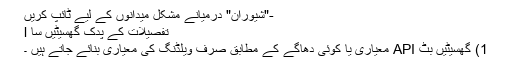
-"شیوران" درمیانے مشکل میدانوں کے لیے ٹائپ کریں
تفصیلات کے پدک گھسیٹیں سا l
1) گھسیٹیں بٹ API معیاری یا کوئی دھاگے کے مطابق صرف ویلڈنگ کی معیاری بنائے جاتے ہیں ۔